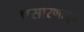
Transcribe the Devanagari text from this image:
प्रसारणातून